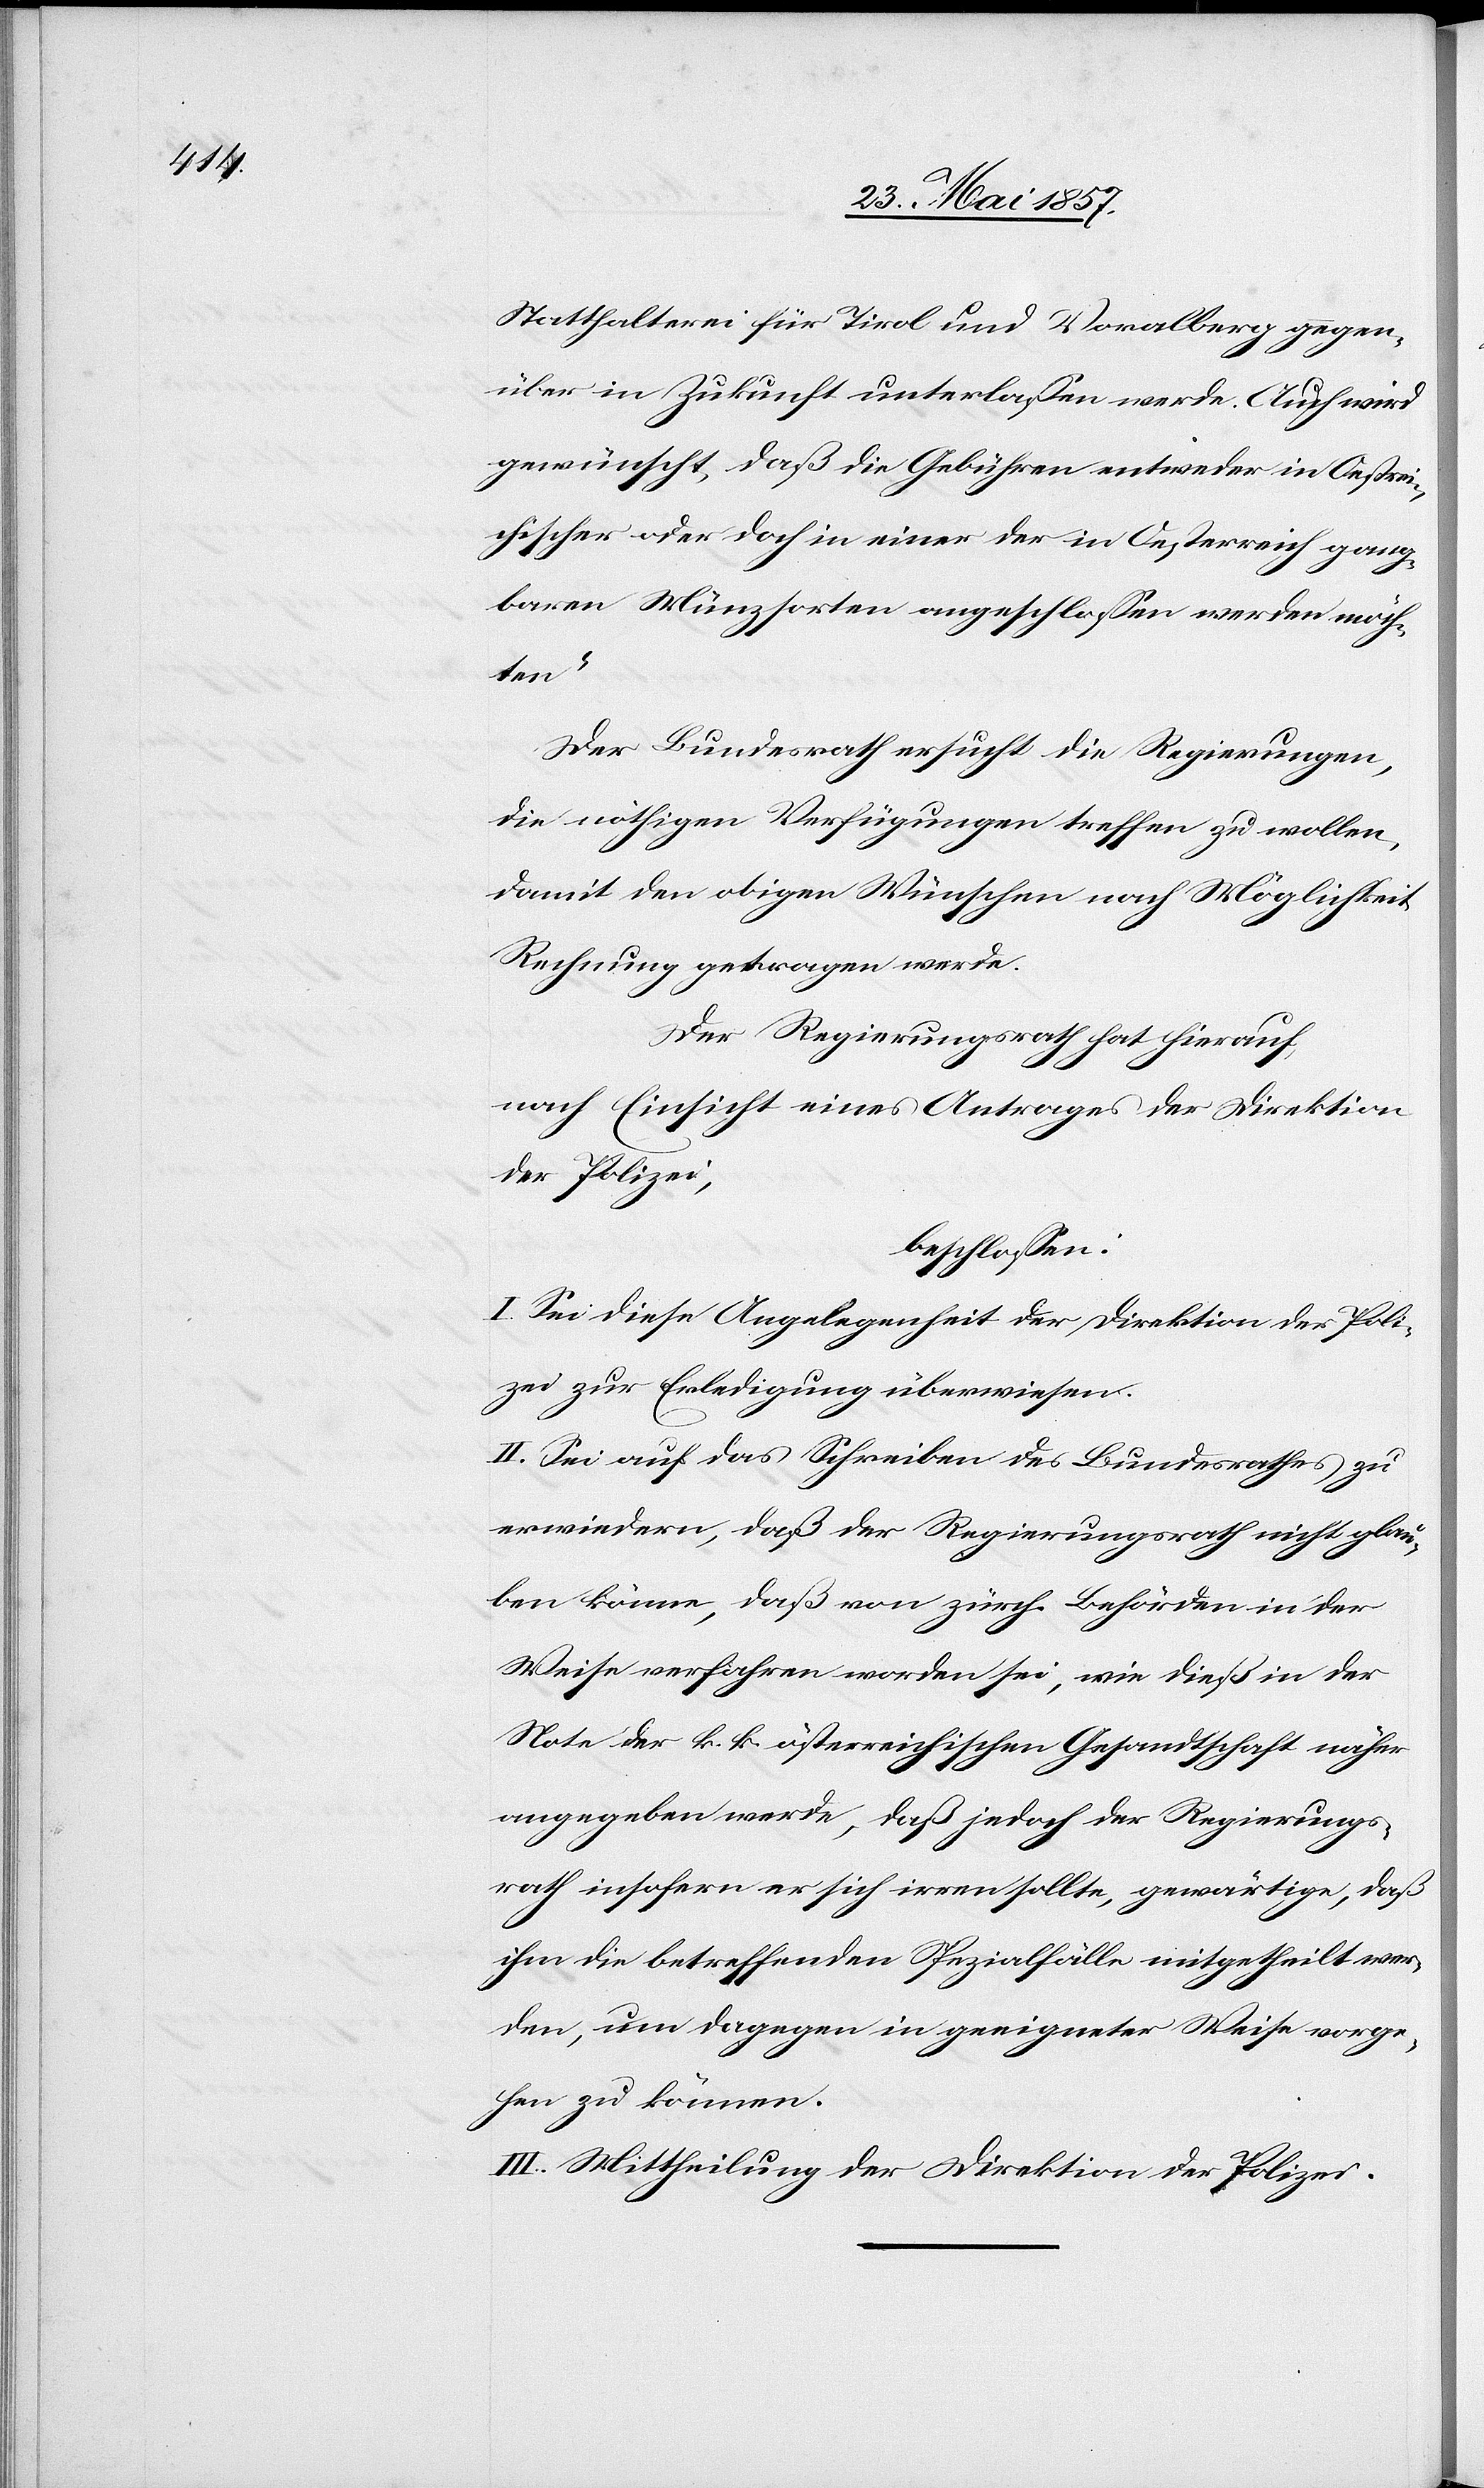
Statthalterei für Tirol und Vorarlberg gegen¬
über in Zukunft unterlassen werde. Auch wird
gewünscht, daß die Gebühren entweder in Oestrei¬
chischer oder doch in einer der in Oesterreich gang¬
baren Münzsorten angeschlossen werden möch¬
te.“
Der Bundesrath ersucht die Regierungen,
die nöthigen Verfügungen treffen zu wollen,
damit den obigen Wünschen nach Möglichkeit
Rechnung getragen werde.
Der Regierungsrath hat hierauf,
nach Einsicht eines Antrages der Direktion
der Polizei,
beschlossen:
I. Sei diese Angelegenheit der Direktion der Poli¬
zei zur Erledigung überwiesen.
II. Sei auf das Schreiben des Bundesrathes zu
erwiedern, daß der Regierungsrath nicht glau¬
ben könne, daß von zürch. Behörden in der
Weise verfahren worden sei, wie dieß in der
Note der k. k. österreichischen Gesandtschaft näher
angegeben werde, daß jedoch der Regierungs¬
rath insofern er sich irren sollte, gewärtige, daß
ihm die betreffenden Spezialfälle mitgetheilt wer¬
den, um dagegen in geeigneter Weise vorge¬
hen zu können.
III. Mittheilung der Direktion der Polizei.